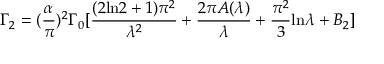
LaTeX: \Gamma _ { 2 } = ( { \frac { \alpha } { \pi } } ) ^ { 2 } \Gamma _ { 0 } [ { \frac { ( 2 \mathrm { l n } 2 + 1 ) \pi ^ { 2 } } { \lambda ^ { 2 } } } + { \frac { 2 \pi A ( \lambda ) } { \lambda } } + { \frac { \pi ^ { 2 } } { 3 } } \mathrm { l n } \lambda + B _ { 2 } ]